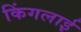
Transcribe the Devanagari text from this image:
किंगलाई